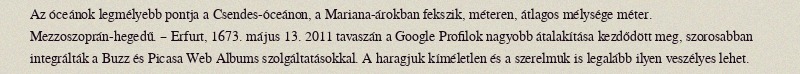
Az óceánok legmélyebb pontja a Csendes-óceánon, a Mariana-árokban fekszik, méteren, átlagos mélysége méter. Mezzoszoprán-hegedű. – Erfurt, 1673. május 13. 2011 tavaszán a Google Profilok nagyobb átalakítása kezdődött meg, szorosabban integrálták a Buzz és Picasa Web Albums szolgáltatásokkal. A haragjuk kíméletlen és a szerelmük is legalább ilyen veszélyes lehet.